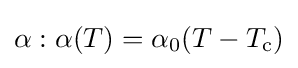
\alpha :\alpha (T)=\alpha _{0}(T-T_{\rm {c}})